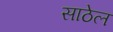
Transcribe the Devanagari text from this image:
साठेल